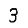
Digit: 3